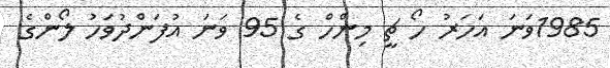
1985ވަނަ އަހަރު ހޯ ޗީ މިންހް ގެ 95 ވަނަ އުފަންދުވަހު ލޯންގެ